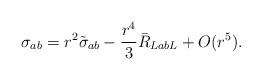
LaTeX: \begin{align*} \sigma_{ab} = r^2\tilde\sigma_{ab} - \frac{r^4}{3}\bar R_{La b L} + O(r^5).\end{align*}